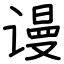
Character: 谩